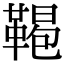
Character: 𩋲